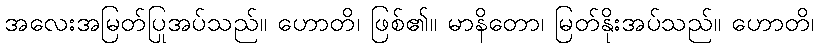
အလေးအမြတ်ပြုအပ်သည်။ ဟောတိ၊ ဖြစ်၏။ မာနိတော၊ မြတ်နိုးအပ်သည်။ ဟောတိ၊